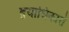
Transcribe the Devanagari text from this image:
द्वयाधिकारों